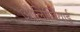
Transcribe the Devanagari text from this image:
औलिम्पियाई